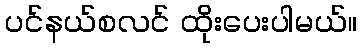
ပင်နယ်စလင် ထိုးပေးပါမယ်။